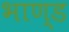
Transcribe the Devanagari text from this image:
भाण्ड